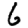
Digit: 6